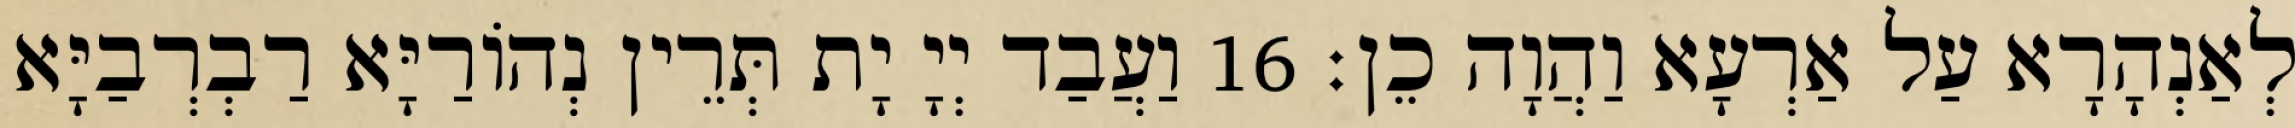
לְאַנְהָרָא עַל אַרְעָא וַהֲוָה כֵן׃ 16 וַעֲבַד יְיָ יָת תְּרֵין נְהוֹרַיָּא רַבְרְבַיָּא